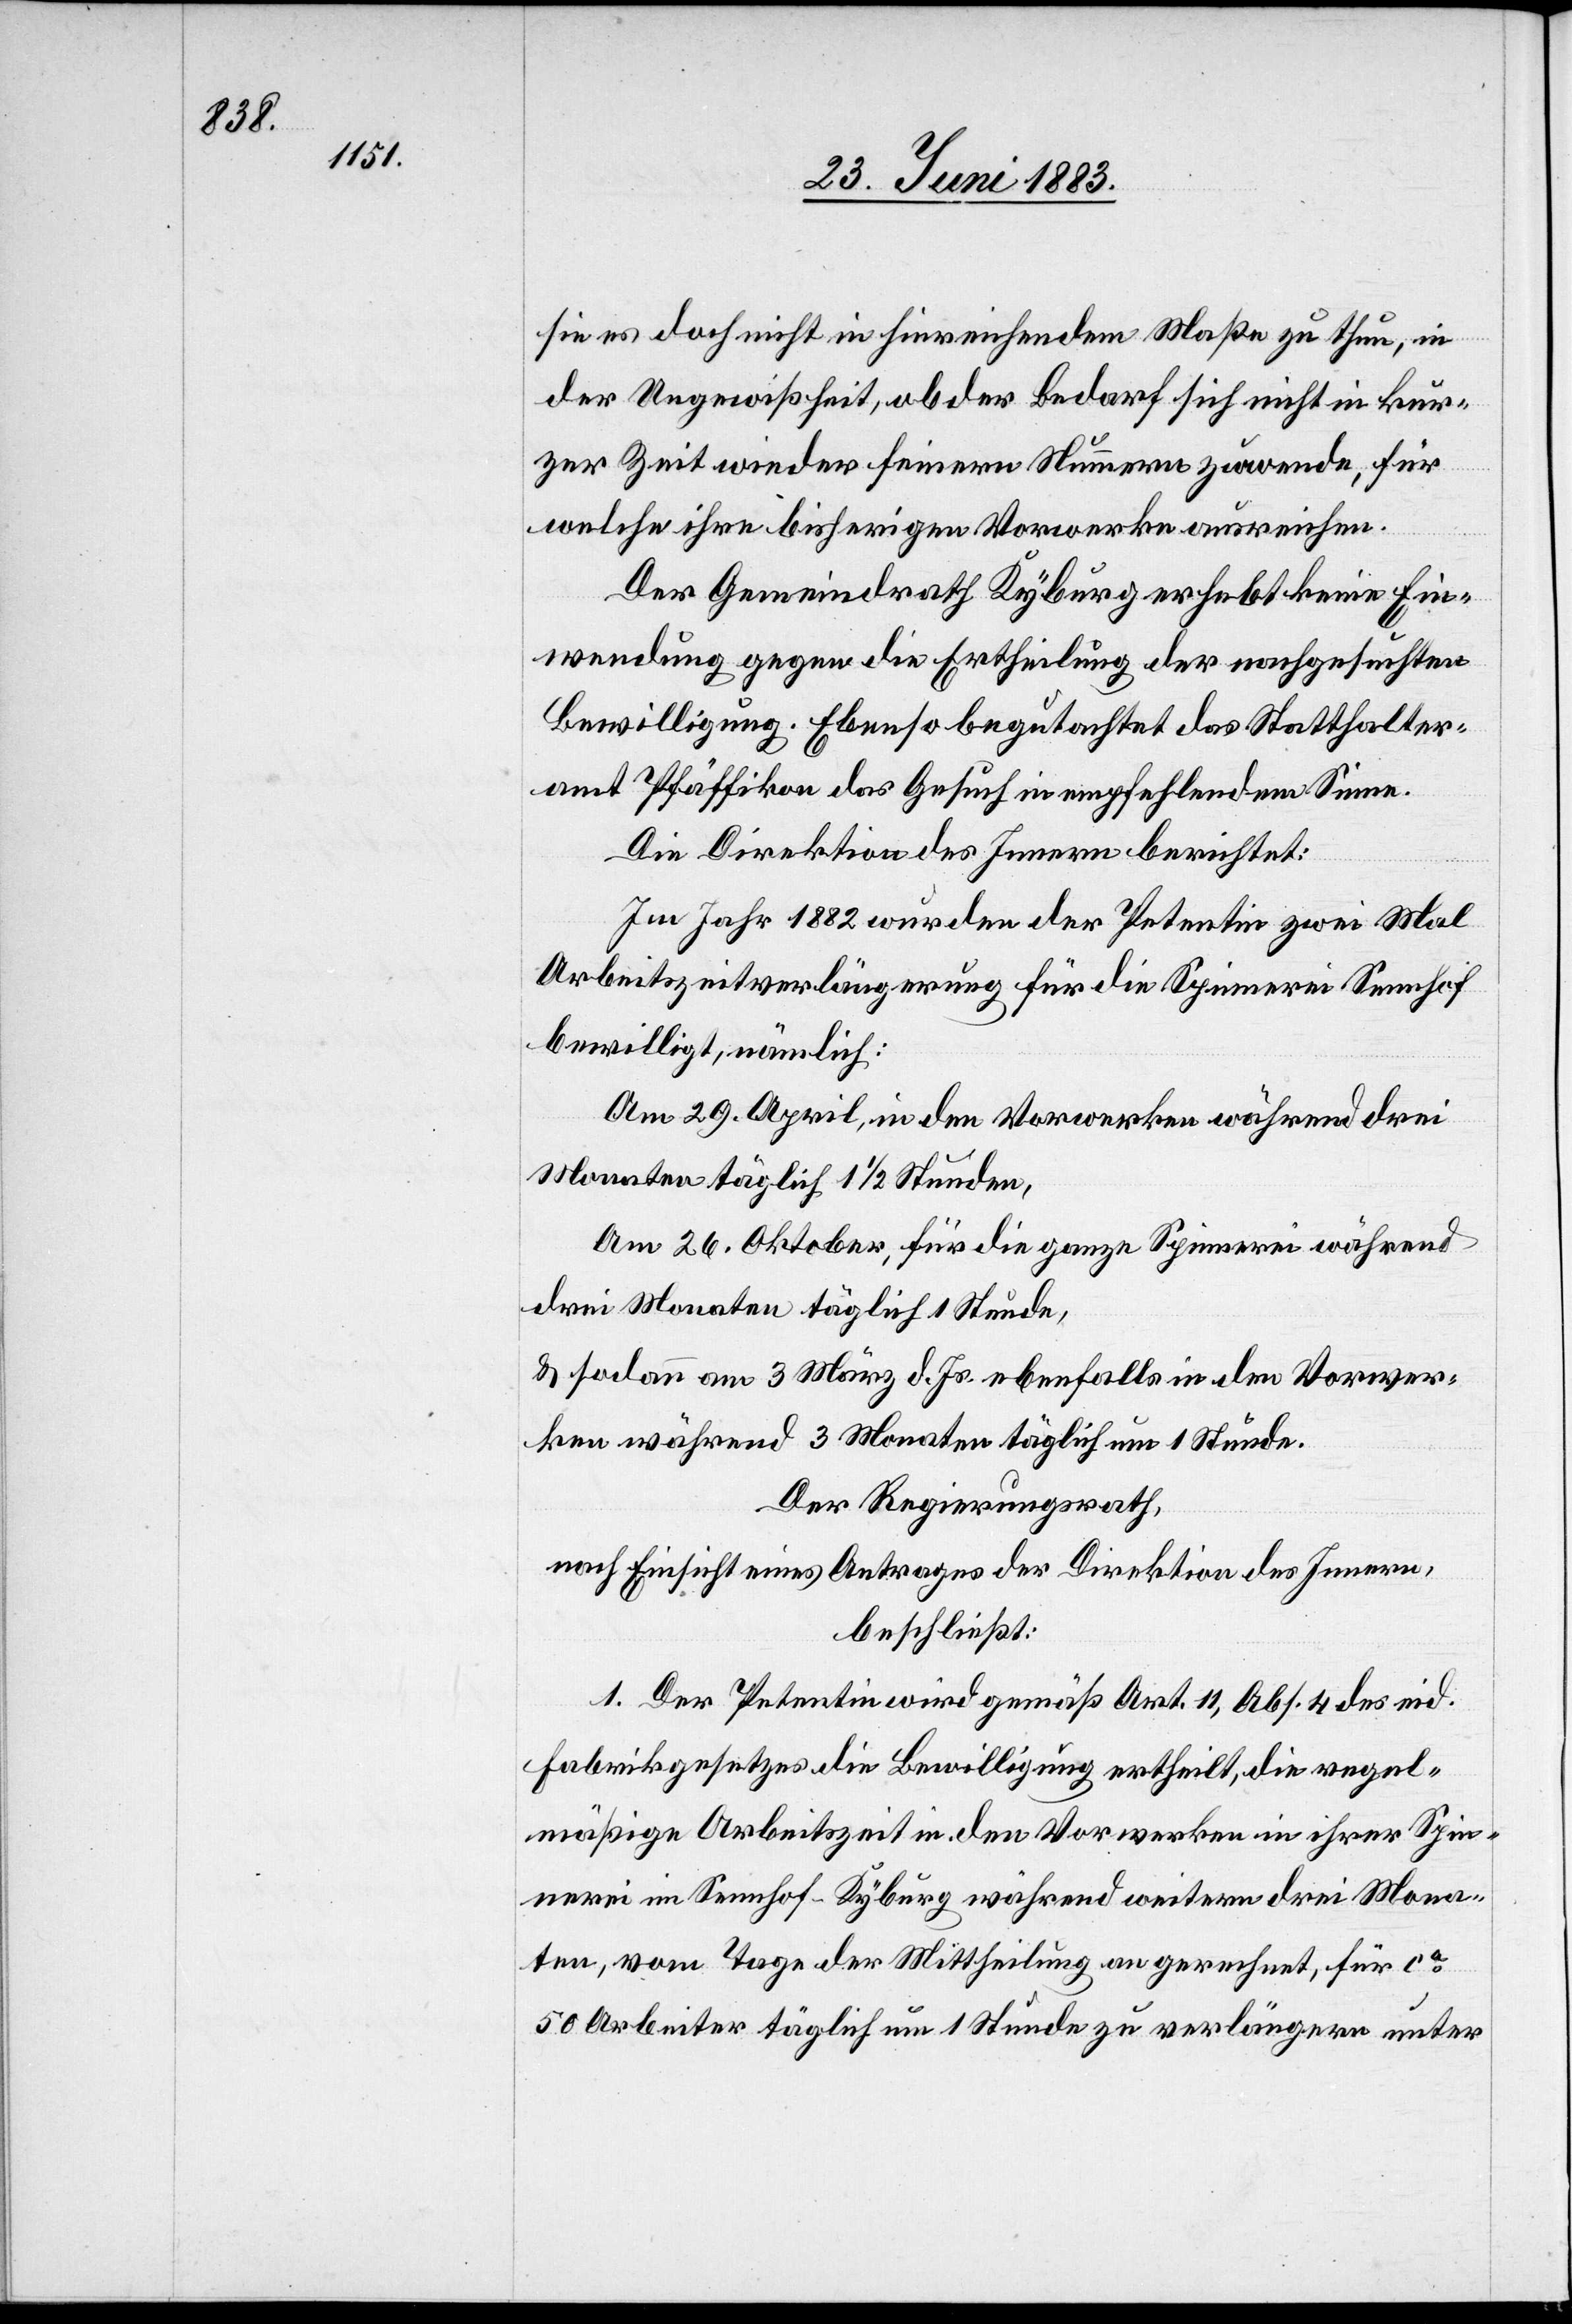
sie es doch nicht in hinreichendem Maße zu thun, in
der Ungewißheit, ob der Bedarf sich nicht in kur¬
zer Zeit wieder feinern Nummern zuwende, für
welche ihre bisherigen Vorwerke ausreichen.
Der Gemeindrath Kyburg erhebt keine Ein¬
wendung gegen die Ertheilung der nachgesuchten
Bewilligung. Ebenso begutachtet das Statthalter¬
amt Pfäffikon das Gesuch in empfehlendem Sinne.
Die Direktion des Innern berichtet:
Im Jahr 1882 wurden der Petentin zwei Mal
Arbeitszeitverlängerung für die Spinnerei Sennhof
bewilligt, nämlich:
Am 29. April, in den Vorwerken während drei
Monaten täglich 1 1/2 Stunden,
Am 26. Oktober, für die ganze Spinnerei während
drei Monaten täglich 1 Stunde,
& sodann am 3. März d. Js. ebenfalls in den Vorwer¬
ken während 3 Monaten täglich um 1 Stunde.
Der Regierungsrath,
nach Einsicht eines Antrages der Direktion des Innern
beschließt:
1. Der Petentin wird gemäß Art. 11, Abs. 4 des eid.
Fabrikgesetzes die Bewilligung ertheilt, die regel¬
mäßige Arbeitszeit in den Vorwerken in ihrer Spin¬
nerei im Sennhof - Kyburg während weitern drei Mona¬
ten, vom Tage der Mittheilung an gerechnet, für ca
50 Arbeiter täglich um 1 Stunde zu verlängern unter